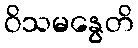
ဝိသမနွေတိ